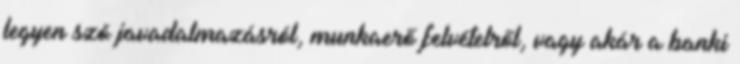
legyen szó javadalmazásról, munkaerő felvételről, vagy akár a banki